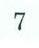
7